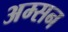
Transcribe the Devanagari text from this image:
अम्सन